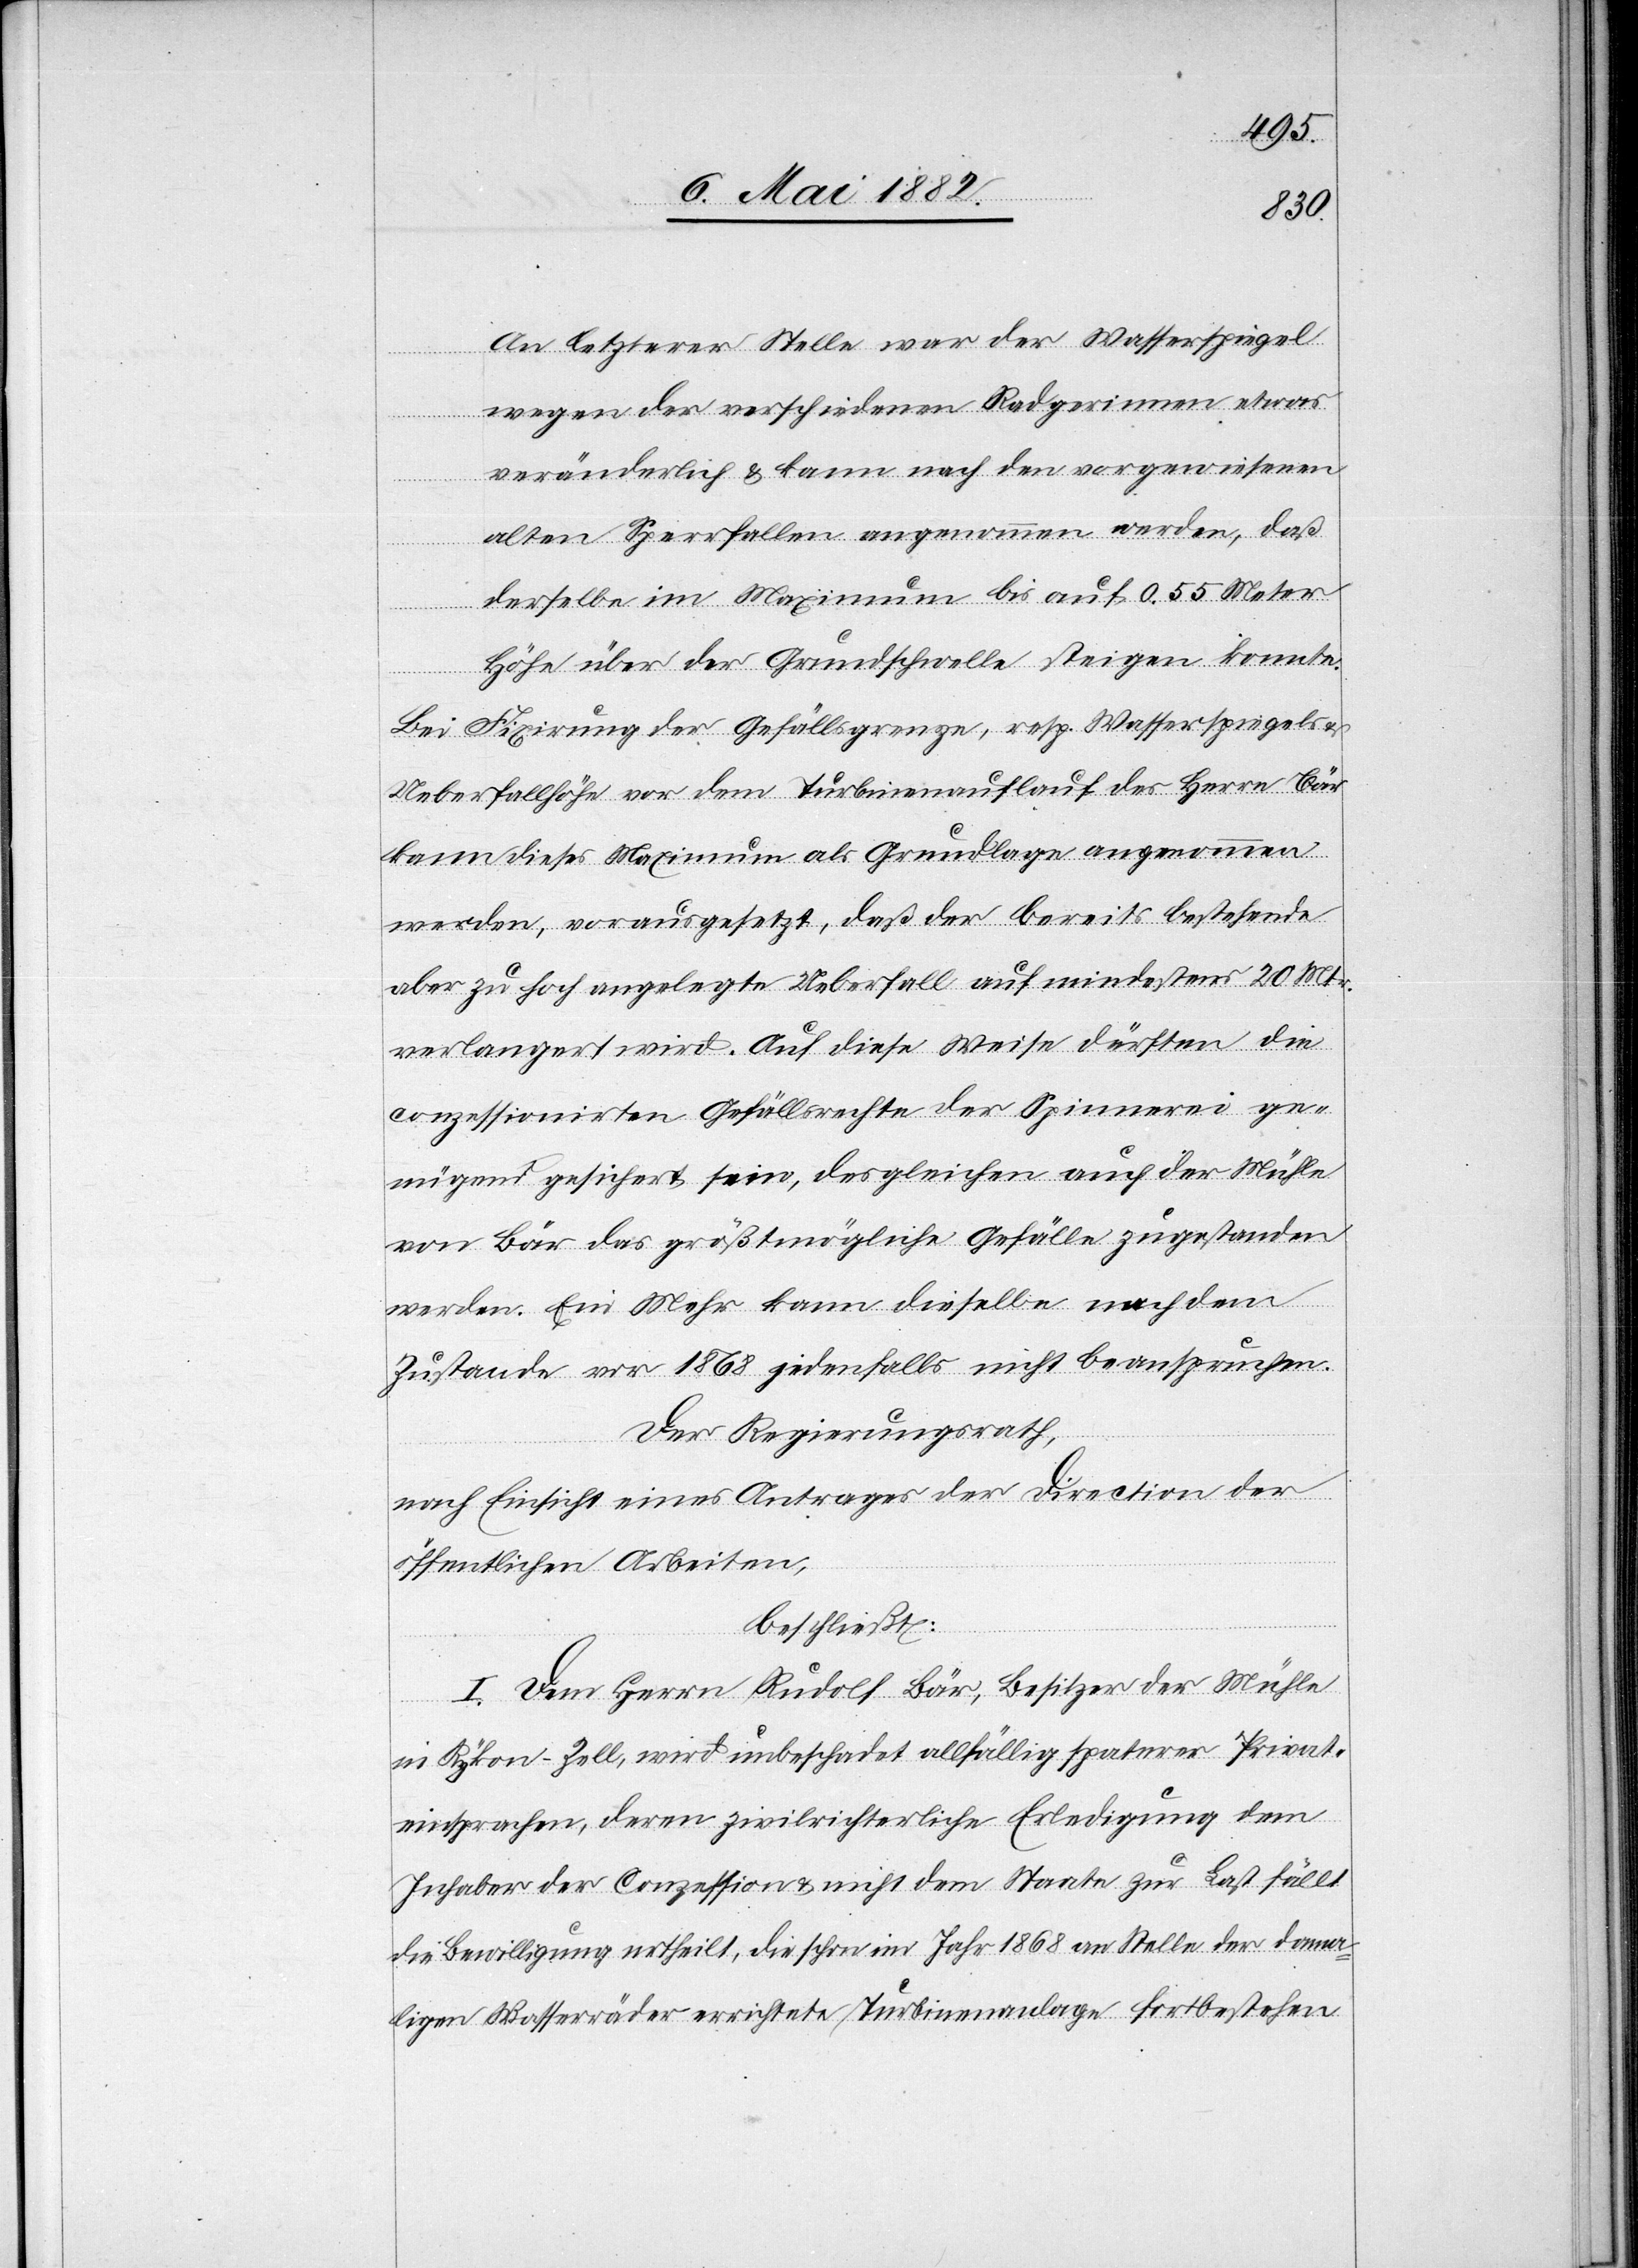
An letzterer Stelle war der Wasserspiegel
wegen der verschiedenen Radgerinnen etwas
veränderlich & kann nach den vorgewiesenen
alten Sperrfallen angenommen werden, daß
derselbe im Maximum bis auf 0,55 Meter
Höhe über der Grundschwelle steigen konnte.
Bei Fixirung der Gefällsgrenze, resp. Wasserspiegel-
Ueberfallhöhe vor dem Turbinenauflauf des Herrn Bär
kann dieses Maximum als Grundlage angenommen
werden, vorausgesetzt, daß der bereits bestehende
aber zu hoch angelegte Ueberfall auf mindestens 20 Mtr.
verlängert wird. Auf diese Weise dürften die
conzessionirten Gefällsrechte der Spinnerei ge¬
nügend gesichert sein, desgleichen auch der Mühle
von Bär das größtmögliche Gefälle zugestanden
werden. Ein Mehr kann dieselbe nach dem
Zustande vor 1868 jedenfalls nicht beanspruchen.
Der Regierungsrath,
nach Einsicht eines Antrages der Direction der
öffentlichen Arbeiten,
beschließt:
I. Dem Herrn Rudolf Bär, Besitzer der Mühle
in Rykon - Zell, wird unbeschadet allfällig späterer Privat¬
einsprachen, deren zivilrichterliche Erledigung dem
Inhaber der Conzession & nicht dem Staate zur Last fällt,
die Bewilligung ertheilt, die schon im Jahr 1868 an Stelle der dama¬
ligen Wasserräder errichtete Turbinenanlage fortbestehen